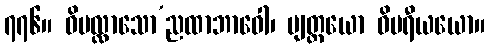
၇၇၆။ ဝိပလ္လာသော’ညထာဘာဝေါ၊ ဗျတ္တယော ဝိပရီယယော။